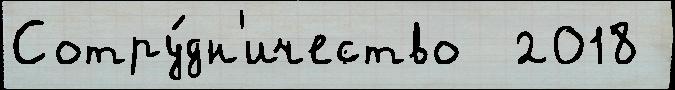
Сотру́дн'ичество  2018